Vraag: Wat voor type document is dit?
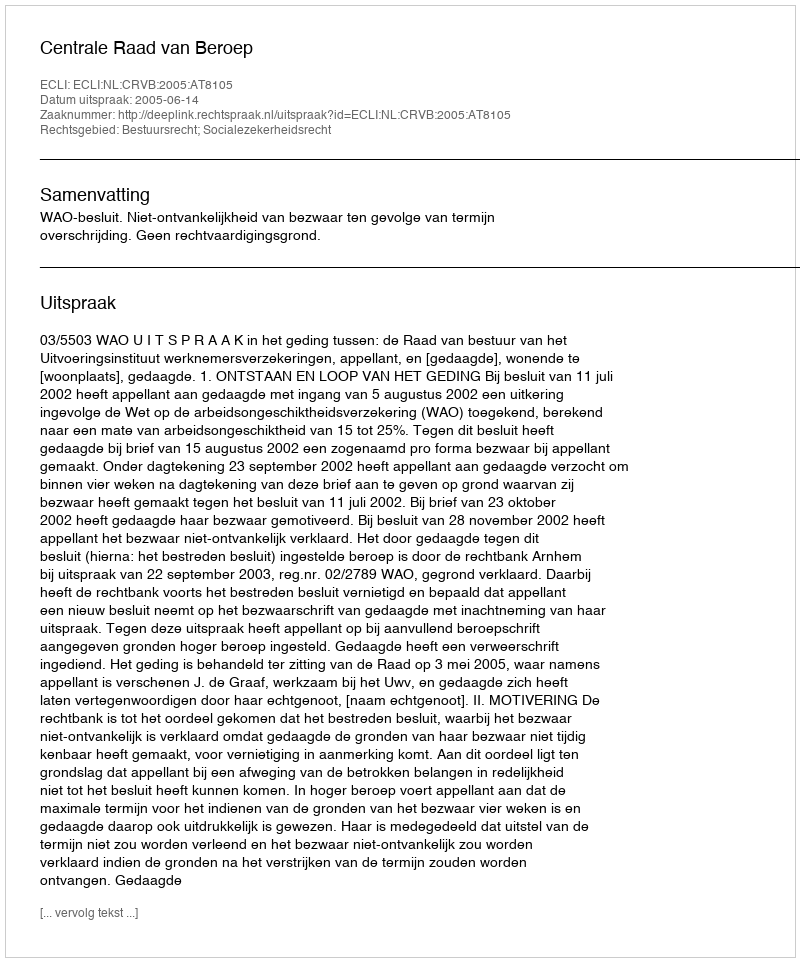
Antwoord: Uitspraak